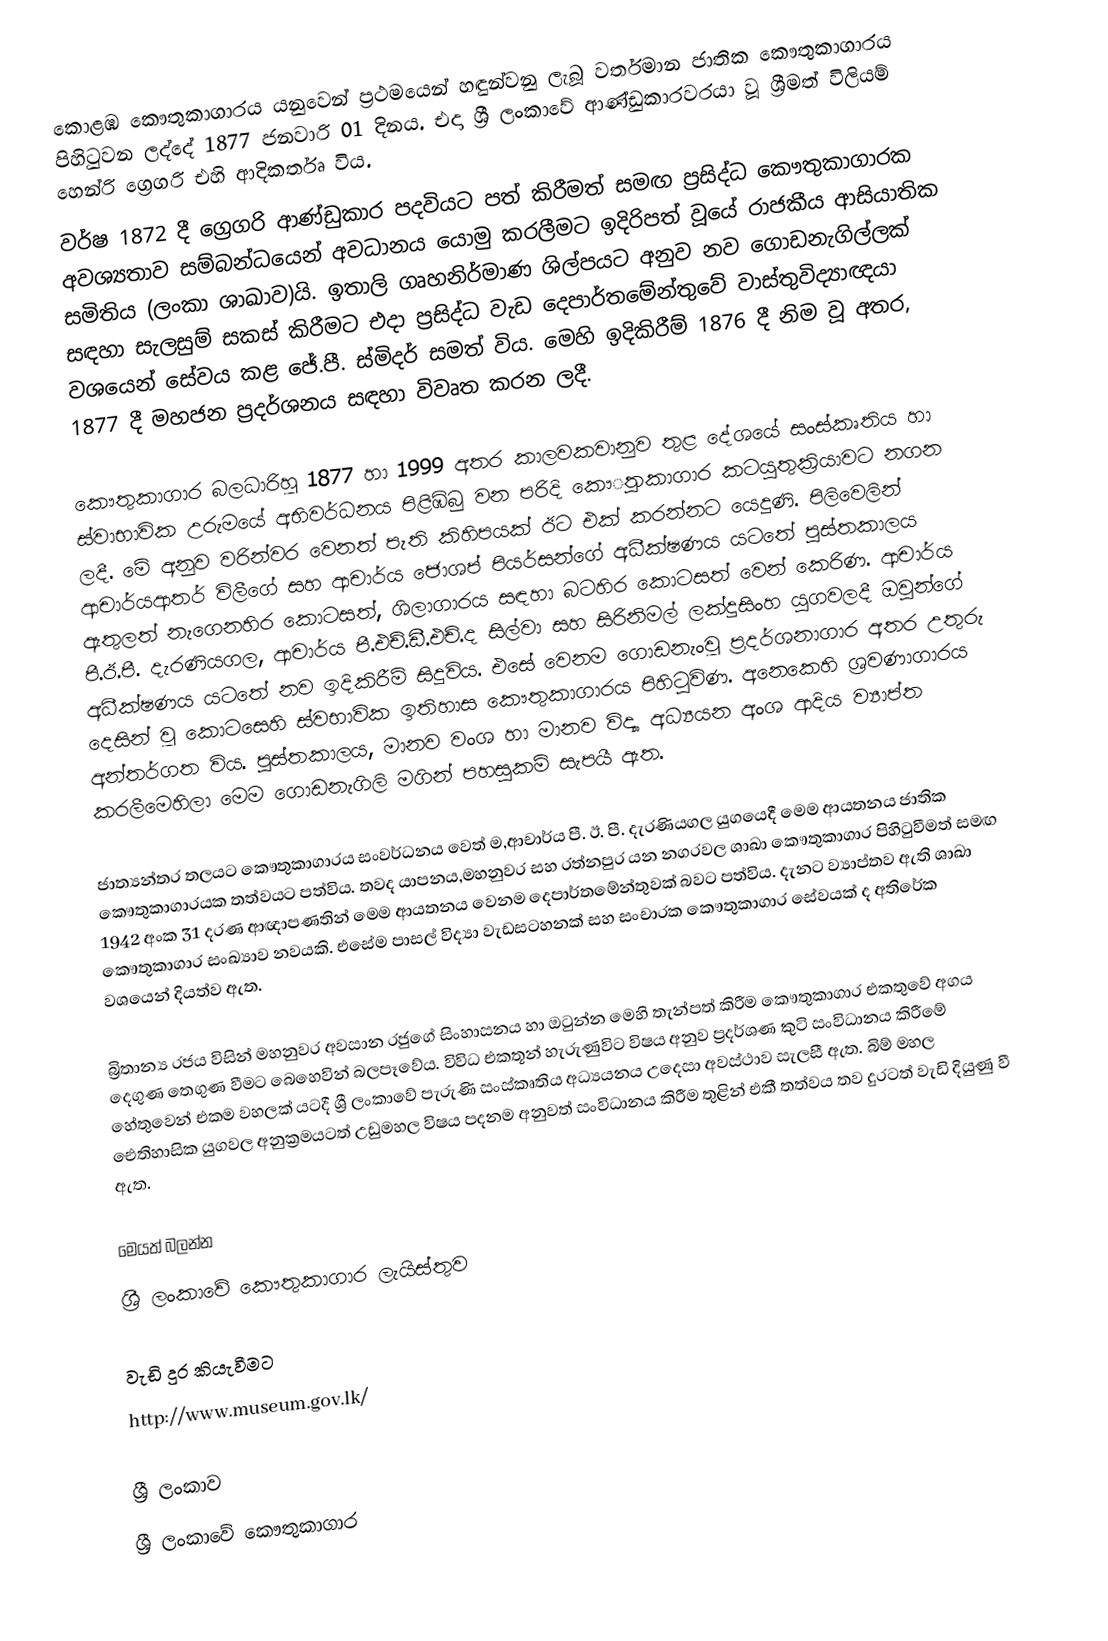
කොළඹ කෞතුකාගාරය යනුවෙන් ප්‍රථමයෙන් හඳුන්වනු ලැබූ වර්තමාන ජාතික කෞතුකාගාරය පිහිටුවන ලද්දේ 1877 ජනවාරි 01 දිනය. එදා ශ්‍රී ලංකාවේ ආණ්ඩුකාරවරයා වූ ශ්‍රීමත් විලියම් හෙන්රි ග්‍රෙගරි එහි ආදිකර්තෘ විය.
වර්ෂ 1872 දී ග්‍රෙගරි ආණ්ඩුකාර පදවියට පත් කිරීමත් සමඟ ප්‍රසිද්ධ කෞතුකාගාරක අවශ්‍යතාව සම්බන්ධයෙන් අවධානය යොමු කරලීමට ඉදිරිපත් වූයේ රාජකීය ආසියාතික සමිතිය (ලංකා ශාඛාව)යි. ඉතාලි ගෘහනිර්මාණ ශිල්පයට අනුව නව ගොඩනැගිල්ලක් සඳහා සැලසුම් සකස් කිරීමට එදා ප්‍රසිද්ධ වැඩ දෙපාර්තමේන්තුවේ වාස්තුවිද්‍යාඥයා වශයෙන් සේවය කළ ජේ.පී. ස්මිදර් සමත් විය. මෙහි ඉදිකිරීම් 1876 දී නිම වූ අතර, 1877 දී මහජන ප්‍රදර්ශනය සඳහා විවෘත කරන ලදී.

කෞතුකාගාර බලධාරිහූ 1877 හා 1999 අතර කාලවකවානුව තුළ දේශයේ සංස්කෘතිය හා ස්වාභාවික උරුමයේ අභිවර්ධනය පිළිඹිබු වන පරිදි කෞුතකාගාර කටයුතුක්‍රියාවට නගන ලදී. මේ අනුව වරින්වර වෙනත් පැති කිහිපයක් ඊට එක් කරන්නට යෙදුණි. පිලිවෙලින් ආචාර්යආතර් විලීගේ සහ ආචාර්ය ජොශප් පියර්සන්ගේ අධීක්ෂණය යටතේ පුස්තකාලය ඇතුලත් නැගෙනහිර කොටසත්, ශිලාගාරය සඳහා බටහිර කොටසත් වෙන් කෙරිණ. ආචාර්ය පී.ඊ.පී. දැරණියගල, ආචාර්ය පී.එච්.ඩී.එච්.ද සිල්වා සහ සිරිනිමල් ලක්දුසිංහ යුගවලදී ඔවුන්ගේ අධීක්ෂණය යටතේ නව ඉදිකිරීම් සිදුවිය. එසේ වෙනම ගොඩනැංවූ ප්‍රදර්ශනාගාර අතර උතුරු දෙසින් වූ කොටසෙහි ස්වභාවික ඉතිහාස කෞතුකාගාරය පිහිටුවිණ. අනෙකෙහි ශ්‍රවණාගාරය අන්තර්ගත විය. පුස්තකාලය, මානව වංශ හා මානව විද්‍යා අධ්‍යයන අංශ ආදිය ව්‍යාප්ත කරලීමෙහිලා මෙම ගොඩනැගිලි මගින් පහසුකම් සැපයී ඇත.

ජාත්‍යන්තර තලයට කෞතුකාගාරය සංවර්ධනය වෙත් ම,ආචාර්ය පී. ඊ. පී. දැරණියගල යුගයෙදී මෙම ආයතනය ජාතික කෞතුකාගාරයක තත්වයට පත්විය. තවද යාපනය,මහනුවර සහ රත්නපුර යන නගරවල ශාඛා කෞතුකාගාර පිහිටුවීමත් සමඟ 1942 අංක 31 දරණ ආඥාපණතින් මෙම ආයතනය වෙනම දෙපාර්තමේන්තුවක් බවට පත්විය. දැනට ව්‍යාප්තව ඇති ශාඛා කෞතුකාගාර සංඛ්‍යාව නවයකි. එසේම පාසල් විද්‍යා වැඩසටහනක් සහ සංචාරක කෞතුකාගාර සේවයක් ද අතිරේක වශයෙන් දියත්ව ඇත.

බ්‍රිතාන්‍ය රජය විසින් මහනුවර අවසාන රජුගේ සිංහාසනය හා ඔටුන්න මෙහි තැන්පත් කිරීම කෞතුකාගාර එකතුවේ අගය දෙගුණ තෙගුණ වීමට බෙහෙවින් බලපෑවේය. විවිධ එකතූන් හැරුණුවිට විෂය අනුව ප්‍රදර්ශණ කුටි සංවිධානය කිරීමේ හේතුවෙන් එකම වහලක් යටදී ශ්‍රී ලංකාවේ පැරුණි සංස්කෘතිය අධ්‍යයනය උදෙසා අවස්ථාව සැලසී ඇත. බිම් මහල ඓතිහාසික යුගවල අනුක්‍රමයටත් උඩුමහල විෂය පදනම අනුවත් සංවිධානය කිරීම තුළින් එකී තත්වය තව දුරටත් වැඩි දියුණු වී ඇත.

මෙයත් බලන්න
ශ්‍රී ලංකාවේ කෞතුකාගාර ලැයිස්තුව‎

වැඩි දුර කියැවීමට
http://www.museum.gov.lk/

ශ්‍රී ලංකාව
ශ්‍රී ලංකාවේ කෞතුකාගාර